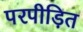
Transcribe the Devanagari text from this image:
परपीड़ित